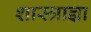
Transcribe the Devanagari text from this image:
शास्त्राज्ञा